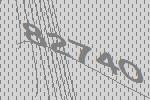
82740